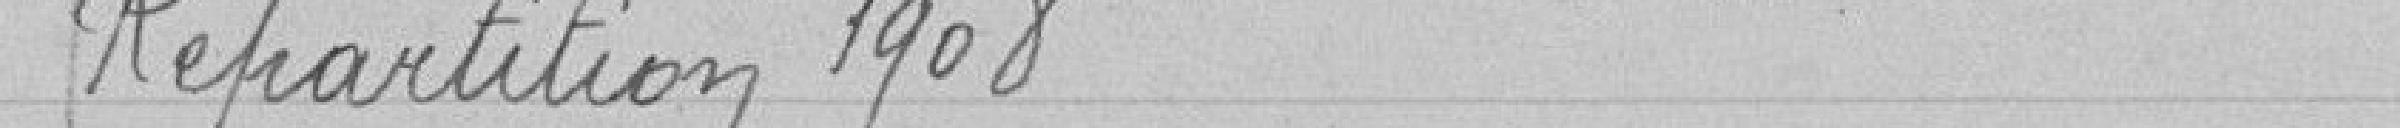
Répartition 1908